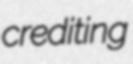
crediting